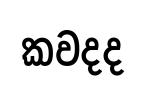
කවදද